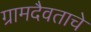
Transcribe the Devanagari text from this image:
ग्रामदैवताचे